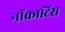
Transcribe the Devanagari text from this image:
नॉक्राटिस